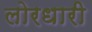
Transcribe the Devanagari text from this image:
लोरधारी